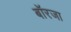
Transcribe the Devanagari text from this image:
बॉरजा